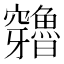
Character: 𥩍